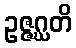
ဥဇ္ဇဂ္ဃတိ